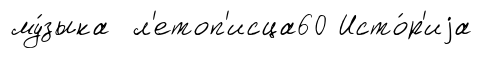
му́зыка л'етоп'исца60 Исто́р'иjа